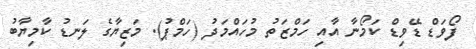
ފޯވަޑް ޑޭވިޑް ކަމޯނާ އާއި ހަމްޒަތު މުހައްމަދު (ހަމްޕު). މަޒިޔާގެ ލަނޑު ކާމިޔާބު